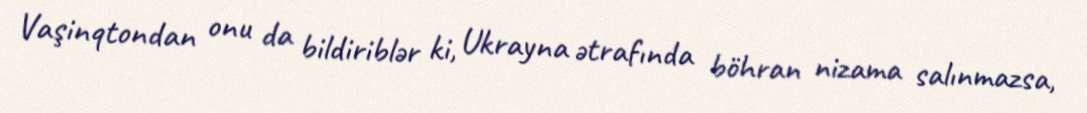
Vaşinqtondan onu da bildiriblər ki, Ukrayna ətrafında böhran nizama salınmazsa,